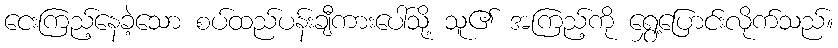
ငေးကြည့်နေခဲ့သော စပ်ထည်ပန်းချီကားပေါ်သို့ သူ၏ အကြည့်ကို ရွှေ့ပြောင်းလိုက်သည်။